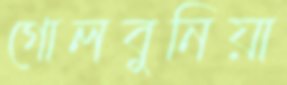
গোলবুনিয়া